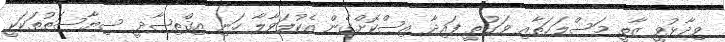
ވިދާޅުވީ ޒާތީ މަސްލަޙަތާއި ވަގުތީ ފައިދާ އިސްކޮށްގެން އެކުލަވާލާ ހަނި އިޤްތިޞާދީ ސިޔާސަތުތަކަކީ